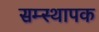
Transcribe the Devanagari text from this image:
सम्स्थापक